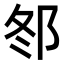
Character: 𨚟